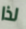
لذا